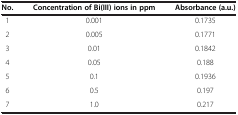
<table><thead><tr><td><b>No.</b></td><td><b>Concentration of Bi(III) ions in ppm</b></td><td><b>Absorbance (a.u.)</b></td></tr></thead><tbody><tr><td>1</td><td>0.001</td><td>0.1735</td></tr><tr><td>2</td><td>0.005</td><td>0.1771</td></tr><tr><td>3</td><td>0.01</td><td>0.1842</td></tr><tr><td>4</td><td>0.05</td><td>0.188</td></tr><tr><td>5</td><td>0.1</td><td>0.1936</td></tr><tr><td>6</td><td>0.5</td><td>0.197</td></tr><tr><td>7</td><td>1.0</td><td>0.217</td></tr></tbody></table>